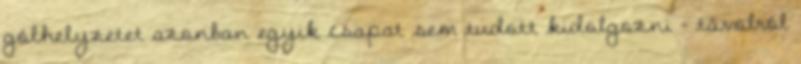
gólhelyzetet azonban egyik csapat sem tudott kidolgozni – távolról